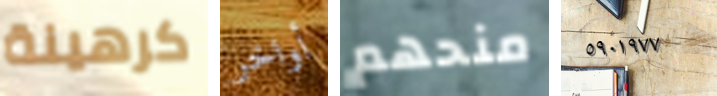
كرهينة أواخر منحهم ٥٩٠١٩٧٧